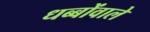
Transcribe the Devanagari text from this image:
धब्बोंवाले